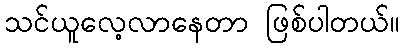
သင်ယူလေ့လာနေတာ ဖြစ်ပါတယ်။